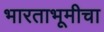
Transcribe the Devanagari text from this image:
भारताभूमीचा